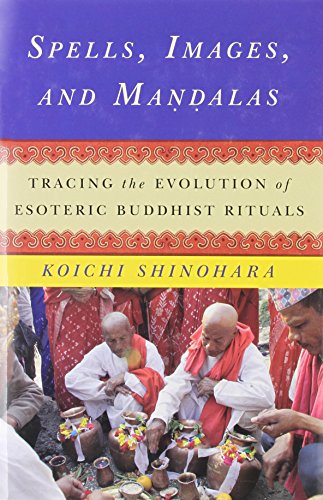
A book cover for Spells, Images, and Mandalas: Tracing the Evolution of Esoteric Buddhist Rituals (The Sheng Yen Series in Chinese Buddhist Studies); Koichi Shinohara; Religion & Spirituality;